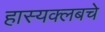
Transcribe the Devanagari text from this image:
हास्यक्लबचे